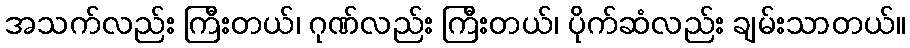
အသက်လည်း ကြီးတယ်၊ ဂုဏ်လည်း ကြီးတယ်၊ ပိုက်ဆံလည်း ချမ်းသာတယ်။